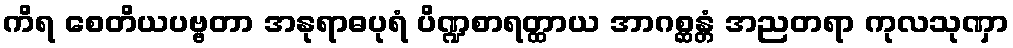
ကိရ စေတိယပဗ္ဗတာ အနုရာဓပုရံ ပိဏ္ဍစာရတ္ထာယ အာဂစ္ဆန္တံ အညတရာ ကုလသုဏှာ